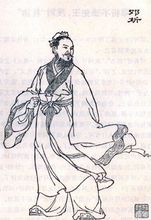
天道远，人道迩，非所及也，何以知之？